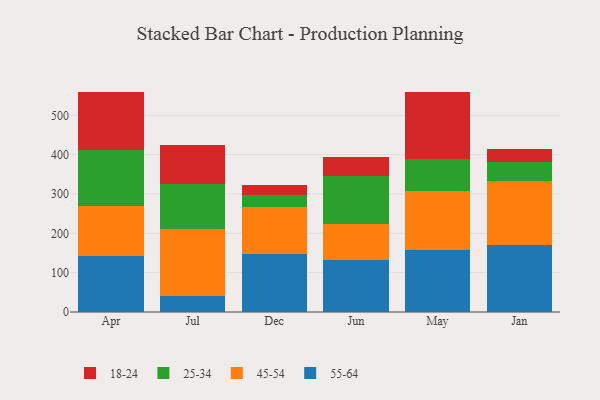
{"axis": {"x": "Month", "y": "Satisfaction Score"}, "legend": ["18-24", "25-34", "45-54", "55-64"], "data": [{"x": "Apr", "y": 141.3, "type": "55-64"}, {"x": "Apr", "y": 128.5, "type": "45-54"}, {"x": "Apr", "y": 142.2, "type": "25-34"}, {"x": "Apr", "y": 147.8, "type": "18-24"}, {"x": "Jul", "y": 40.5, "type": "55-64"}, {"x": "Jul", "y": 170.8, "type": "45-54"}, {"x": "Jul", "y": 115.1, "type": "25-34"}, {"x": "Jul", "y": 97.4, "type": "18-24"}, {"x": "Dec", "y": 146.9, "type": "55-64"}, {"x": "Dec", "y": 119.0, "type": "45-54"}, {"x": "Dec", "y": 31.2, "type": "25-34"}, {"x": "Dec", "y": 25.2, "type": "18-24"}, {"x": "Jun", "y": 132.0, "type": "55-64"}, {"x": "Jun", "y": 90.6, "type": "45-54"}, {"x": "Jun", "y": 123.5, "type": "25-34"}, {"x": "Jun", "y": 48.7, "type": "18-24"}, {"x": "May", "y": 156.5, "type": "55-64"}, {"x": "May", "y": 150.0, "type": "45-54"}, {"x": "May", "y": 82.6, "type": "25-34"}, {"x": "May", "y": 171.3, "type": "18-24"}, {"x": "Jan", "y": 170.8, "type": "55-64"}, {"x": "Jan", "y": 162.3, "type": "45-54"}, {"x": "Jan", "y": 47.3, "type": "25-34"}, {"x": "Jan", "y": 32.8, "type": "18-24"}]}